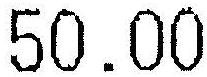
50.00